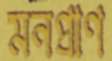
মনপ্রাণ